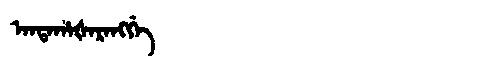
Manchu: ᠠᠨᡨᠠᡥᠠᡧᠠᡵᠠᠩᡤᡝ
Romanization: ANTAHAŠARANGGE